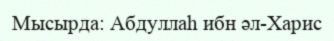
Мысырда: Абдуллаһ ибн әл-Харис